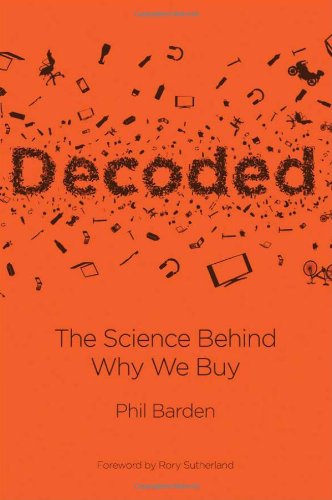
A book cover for Decoded: The Science Behind Why We Buy; Phil Barden; Business & Money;